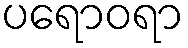
ပရောဝရာ